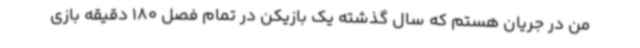
من در جریان هستم که سال گذشته یک بازیکن در تمام فصل 180 دقیقه بازی